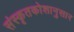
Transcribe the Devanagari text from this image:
संस्कृतकोशानुसार